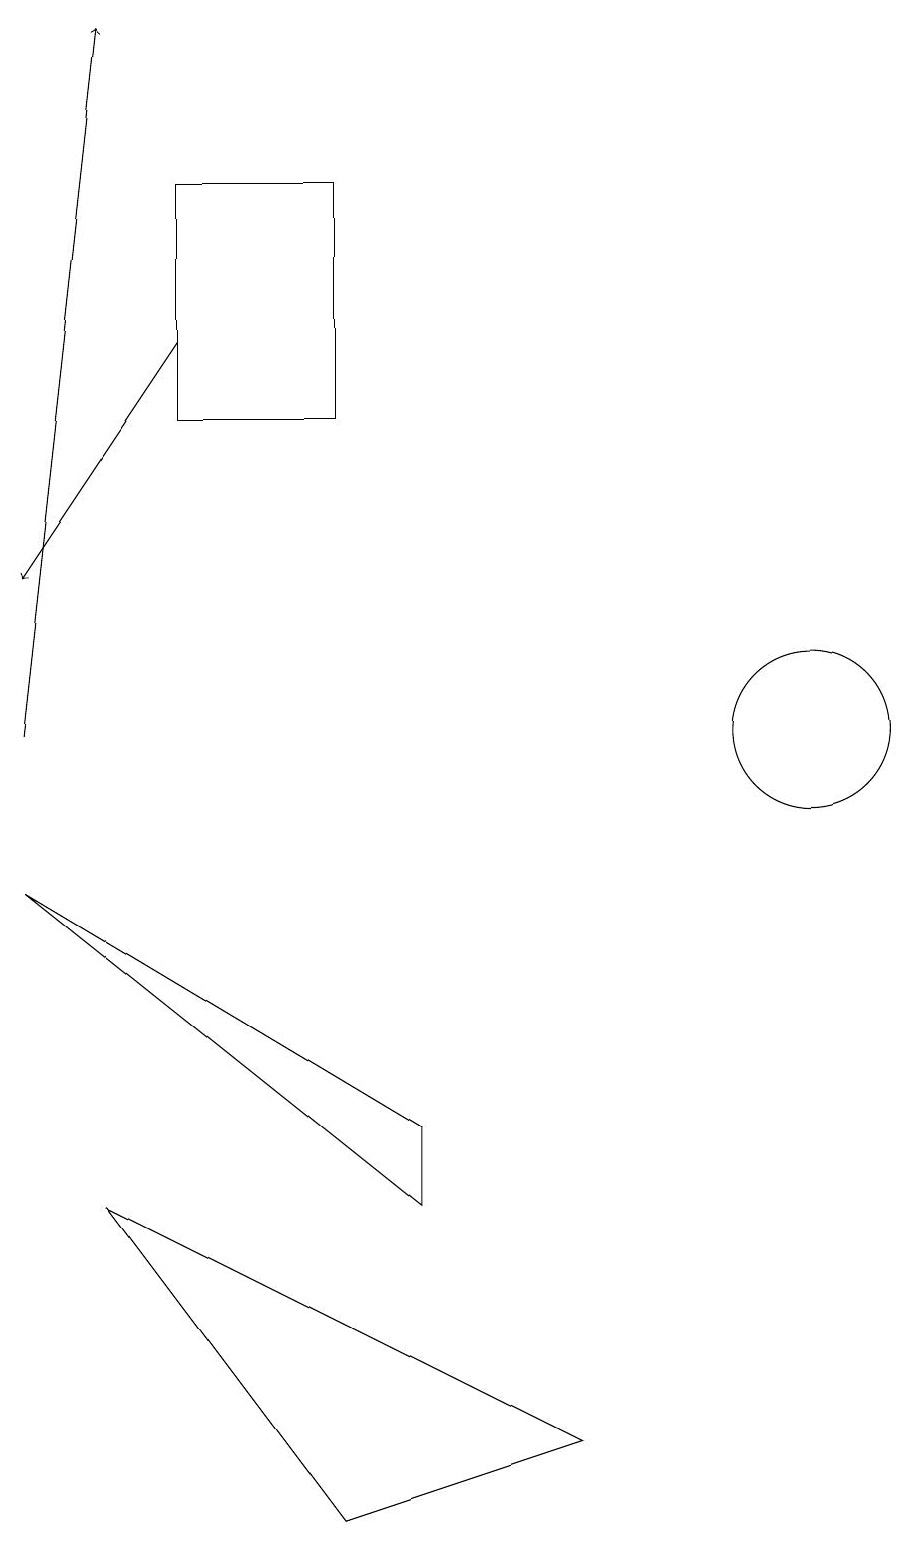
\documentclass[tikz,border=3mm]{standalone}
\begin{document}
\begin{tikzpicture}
\draw[->] (0,10) -- (1,19);
\draw (0,8) -- (5,4) -- (5,5) -- cycle;
\draw[->] (2,15) -- (0,12);
\draw (2,17) rectangle (4,14);
\draw (10,10) circle (1);
\draw (7,1) -- (1,4) -- (4,0) -- cycle;
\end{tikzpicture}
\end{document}